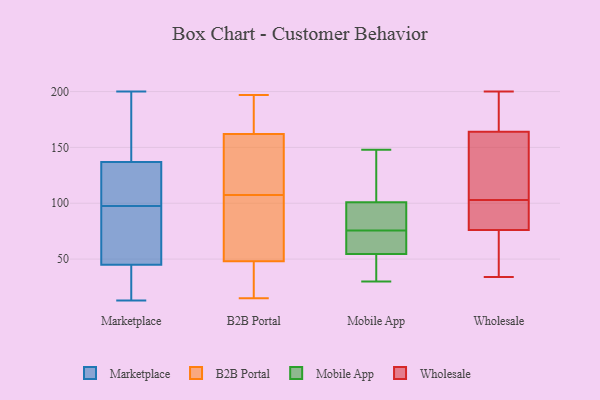
{"axis": {"x": "Demand Index", "y": "Value"}, "legend": ["B2B Portal", "Marketplace", "Mobile App", "Wholesale"], "data": [{"x": "", "y": 68, "type": "Marketplace"}, {"x": "", "y": 200, "type": "Marketplace"}, {"x": "", "y": 56, "type": "Marketplace"}, {"x": "", "y": 137, "type": "Marketplace"}, {"x": "", "y": 128, "type": "Marketplace"}, {"x": "", "y": 38, "type": "Marketplace"}, {"x": "", "y": 42, "type": "Marketplace"}, {"x": "", "y": 45, "type": "Marketplace"}, {"x": "", "y": 160, "type": "Marketplace"}, {"x": "", "y": 49, "type": "Marketplace"}, {"x": "", "y": 142, "type": "Marketplace"}, {"x": "", "y": 103, "type": "Marketplace"}, {"x": "", "y": 124, "type": "Marketplace"}, {"x": "", "y": 92, "type": "Marketplace"}, {"x": "", "y": 28, "type": "Marketplace"}, {"x": "", "y": 137, "type": "Marketplace"}, {"x": "", "y": 149, "type": "Marketplace"}, {"x": "", "y": 13, "type": "Marketplace"}, {"x": "", "y": 65, "type": "B2B Portal"}, {"x": "", "y": 197, "type": "B2B Portal"}, {"x": "", "y": 106, "type": "B2B Portal"}, {"x": "", "y": 141, "type": "B2B Portal"}, {"x": "", "y": 109, "type": "B2B Portal"}, {"x": "", "y": 48, "type": "B2B Portal"}, {"x": "", "y": 61, "type": "B2B Portal"}, {"x": "", "y": 15, "type": "B2B Portal"}, {"x": "", "y": 165, "type": "B2B Portal"}, {"x": "", "y": 162, "type": "B2B Portal"}, {"x": "", "y": 19, "type": "B2B Portal"}, {"x": "", "y": 32, "type": "B2B Portal"}, {"x": "", "y": 152, "type": "B2B Portal"}, {"x": "", "y": 167, "type": "B2B Portal"}, {"x": "", "y": 60, "type": "Mobile App"}, {"x": "", "y": 148, "type": "Mobile App"}, {"x": "", "y": 74, "type": "Mobile App"}, {"x": "", "y": 114, "type": "Mobile App"}, {"x": "", "y": 43, "type": "Mobile App"}, {"x": "", "y": 121, "type": "Mobile App"}, {"x": "", "y": 69, "type": "Mobile App"}, {"x": "", "y": 79, "type": "Mobile App"}, {"x": "", "y": 77, "type": "Mobile App"}, {"x": "", "y": 88, "type": "Mobile App"}, {"x": "", "y": 49, "type": "Mobile App"}, {"x": "", "y": 30, "type": "Mobile App"}, {"x": "", "y": 181, "type": "Wholesale"}, {"x": "", "y": 39, "type": "Wholesale"}, {"x": "", "y": 200, "type": "Wholesale"}, {"x": "", "y": 177, "type": "Wholesale"}, {"x": "", "y": 116, "type": "Wholesale"}, {"x": "", "y": 125, "type": "Wholesale"}, {"x": "", "y": 76, "type": "Wholesale"}, {"x": "", "y": 103, "type": "Wholesale"}, {"x": "", "y": 34, "type": "Wholesale"}, {"x": "", "y": 76, "type": "Wholesale"}, {"x": "", "y": 85, "type": "Wholesale"}]}